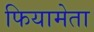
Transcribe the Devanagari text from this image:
फियामेता